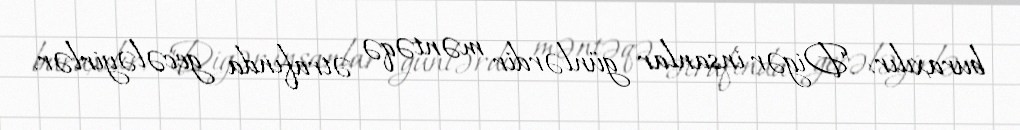
buraxılır: "Digər insanlar günlərdir məntəqə ətrafında gecələyirlər.